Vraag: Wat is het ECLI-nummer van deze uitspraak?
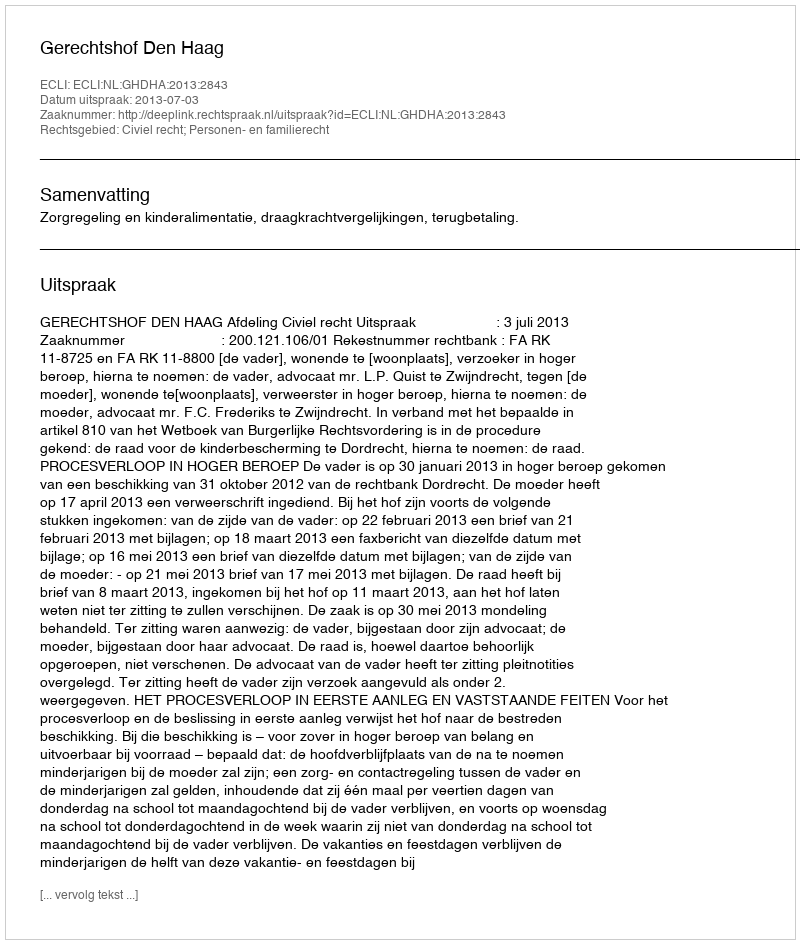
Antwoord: ECLI:NL:GHDHA:2013:2843